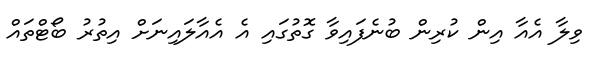
ވިލާ އެއާ އިން ކުރިން ބުނެފައިވާ ގޮތުގައި އެ އެއާލައިނަށް އިތުރު ބޯޓްތައް